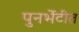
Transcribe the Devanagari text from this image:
पुनर्भेटीत